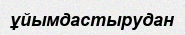
ұйымдастырудан